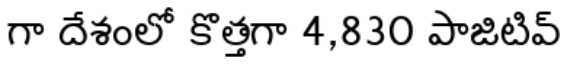
గా దేశంలో కొత్తగా 4,830 పాజిటివ్